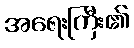
အရေးကြီး၏